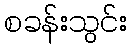
စခန်းသွင်း